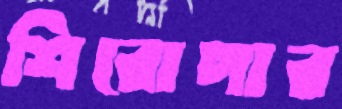
শিরোপার